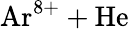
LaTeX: \mathrm{Ar^{8+}+He}